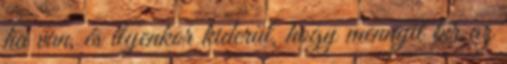
ha van, és ilyenkor kiderül, hogy mennyit bír az